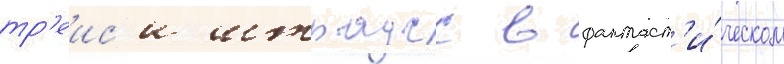
тр'еис'и штраусс в фантаст'и́ческом